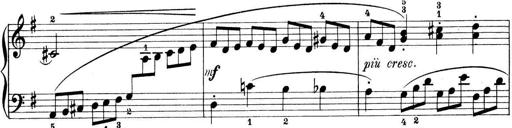
Title: Preis-Sonatine
Composer: Ernst James Bremner